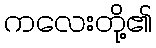
ကလေးတို့၏